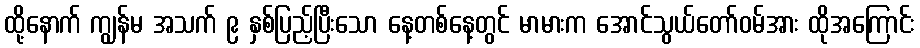
ထို့နောက် ကျွန်မ အသက် ၉ နှစ်ပြည့်ပြီးသော နေ့တစ်နေ့တွင် မာမားက အောင်သွယ်တော်ဝမ်အား ထိုအကြောင်း